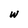
Character: w